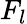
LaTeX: F_{l}